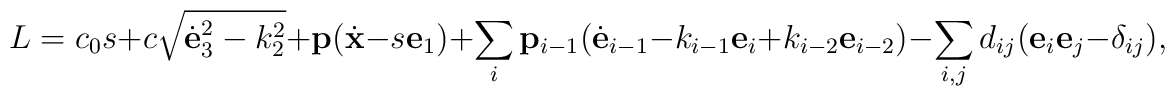
L=c_0s+c\sqrt{{\dot{\bf e}}_3^2-k^2_2}+{\bf p}({\dot{\bf x}}-s{\bf e}_1)+\sum_{i}{\bf p}_{i-1}({\dot{\bf e}}_{i-1}-k_{i-1}{\bf e}_{i}+k_{i-2}{\bf e}_{i-2})-\sum_{i,j}d_{ij}({\bf e}_i{\bf e}_j-\delta_{ij}),